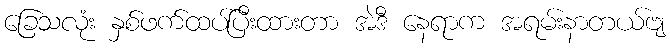
ခြေသလုံး နှစ်ဖက်ထပ်ပြီးထားတာ အဲဒီ နေရာက အရမ်းနာတယ်ဗျ